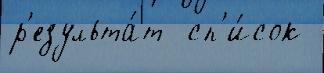
р'езульта́т  сп'и́сок